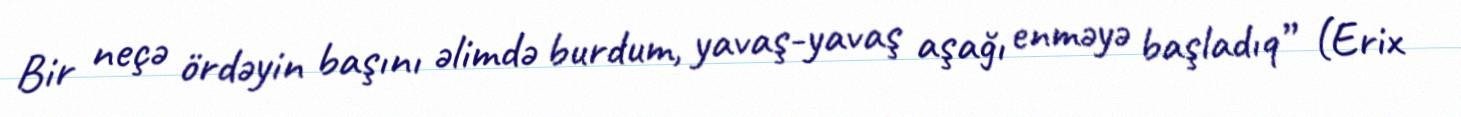
Bir neçə ördəyin başını əlimdə burdum, yavaş-yavaş aşağı enməyə başladıq” (Erix